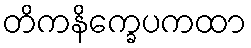
တိကနိက္ခေပကထာ